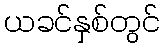
ယခင်နှစ်တွင်